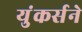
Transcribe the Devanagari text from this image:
युंकर्सने